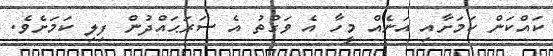
ކައްކަން ކަމަށާއި އަނެއް މީހާ އެ ވަގުތު އެ ސަރަޙައްދުން ފިލި ކަމަށެވެ.